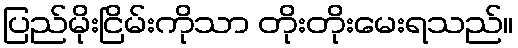
ပြည်မိုးငြိမ်းကိုသာ တိုးတိုးမေးရသည်။